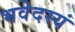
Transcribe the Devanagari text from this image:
भवेदस्यं